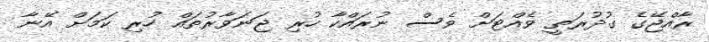
ރާއްޖޭގެ ގުދުރަތީ ވެއްޓަށް ވެސް ނުރައްކާ ހުރި ޖަނަވާރުތައް ހުރި ކަމަށް އޭނާ